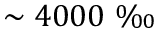
\sim 4 0 0 0 \mathrm { ~ \textperthousand ~ }